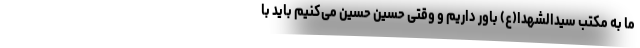
ما به مکتب سیدالشهدا(ع) باور داریم و وقتی حسین حسین می‌کنیم باید با